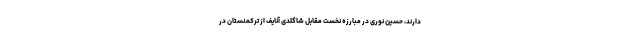
دارند، حسین نوری در مبارزه نخست مقابل شاگلدی آنایف از ترکمنستان در